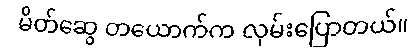
မိတ်ဆွေ တယောက်က လှမ်းပြောတယ်။